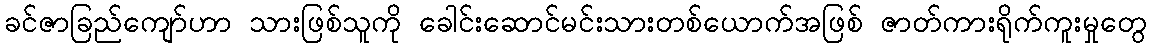
ခင်ဇာခြည်ကျော်ဟာ သားဖြစ်သူကို ခေါင်းဆောင်မင်းသားတစ်ယောက်အဖြစ် ဇာတ်ကားရိုက်ကူးမှုတွေ